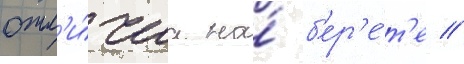
отл'и́чиа на́ б'ер'е́т'е //